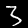
Digit: 3